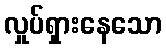
လှုပ်ရှားနေသော